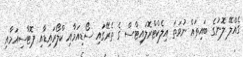
ގެއްލޭ ލޮނުގެ ބައިތައް ނުވަތަ އިލެކްޓްރޮލައިޓްސް ގެ ތެރޭގައި ސޯޑިއަމާއި ކްލޯރައިޑާއި ޕޮޓާސިއަމާއި